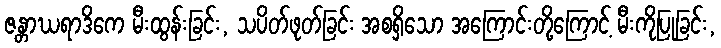
ဇန္တာဃရာဒိကေ မီးထွန်းခြင်း, သပိတ်ဖုတ်ခြင်း အစရှိသော အကြောင်းတို့ကြောင့် မီးကိုပြုခြင်း,